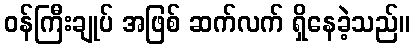
ဝန်ကြီးချုပ် အဖြစ် ဆက်လက် ရှိနေခဲ့သည်။